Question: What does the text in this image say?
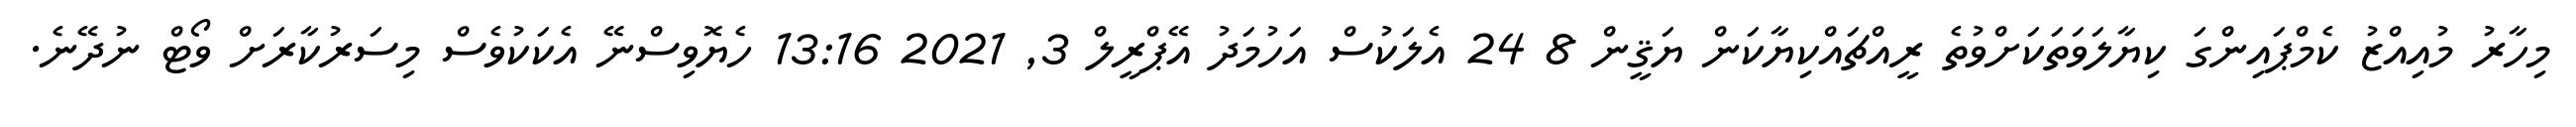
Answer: މިހާރު މުއިއްޒު ކެމްޕައިންގަ ކިޔާލަވަތަކަށްވުތެ ރީއްޗައްކިޔާކަން ޔަޤީން 8 24 އެލަކުސް އަހުމަދު އޭޕްރީލް 3, 2021 13:16 ހެޔޮވިސްނޭ އެކަކުވެސް މިސަރުކާރަށް ވޯޓް ނުދޭނެ.